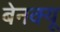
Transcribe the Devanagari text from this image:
बेनक्यू